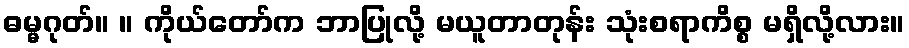
ဓမ္မဂုတ်။ ။ ကိုယ်တော်က ဘာပြုလို့ မယူတာတုန်း သုံးစရာကိစ္စ မရှိလို့လား။